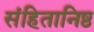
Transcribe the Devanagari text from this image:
संहितानिष्ठ